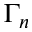
\Gamma _ { n }